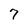
Character: 7